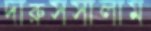
দারুসসালাম